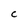
Character: C